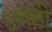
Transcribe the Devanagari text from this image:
ऊंगली